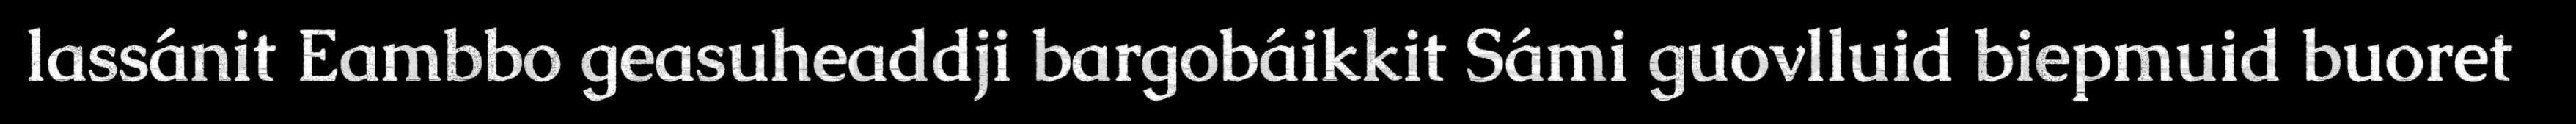
lassánit Eambbo geasuheaddji bargobáikkit Sámi guovlluid biepmuid buoret